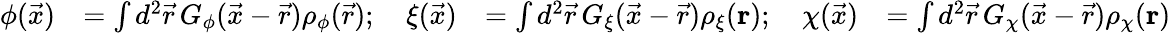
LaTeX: \begin{array}{rlrl}{\phi(\vec{x})}&{=\int d^{2}\vec{r}\, G_{\phi}(\vec{x}-\vec{r})\rho_{\phi}(\vec{r});\quad\xi(\vec{x})}&{=\int d^{2}\vec{r}\, G_{\xi}(\vec{x}-\vec{r})\rho_{\xi}(\mathbf{r});\quad\chi(\vec{x})}&{=\int d^{2}\vec{r}\, G_{\chi}(\vec{x}-\vec{r})\rho_{\chi}(\mathbf{r})}\end{array}